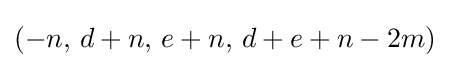
(-n,\,d+n,\,e+n,\,d+e+n-2m)